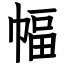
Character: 幅